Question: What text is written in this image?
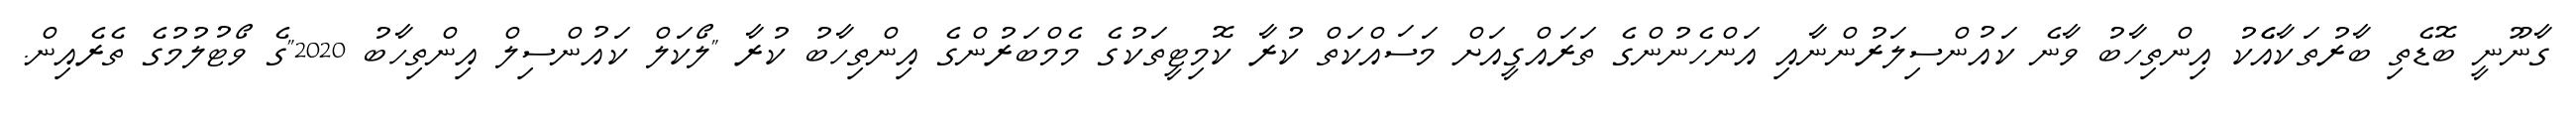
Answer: ގާނޫނީ ބޮޑެތި ބާރުތަކާއެެކު އިންތިހާބު ވާނެ ކައުންސިލަރުންނާއި އަންހެނުންގެ ތަރައްގީއަށް މަސައްކަތް ކުރާ ކޮމިޓީތަކުގެ މެމްބަރުންގެ އިންތިހާބު ކުރާ "ލޯކަލް ކައުންސިލް އިންތިހާބު 2020"ގެ ވޯޓުލުމުގެ ތެރެއިން.